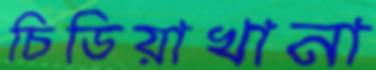
চিডিয়াখানা